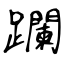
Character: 躝